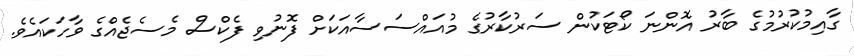
ގާއިމުކުރުމުގެ ބާރު އޮންނަ ކޯޓަކުން ސަރުކާރުގެ މުއައްސަސާއަކަށް ފޮނުވި ފެކްސް މެސެޖެއްގެ ވާހަކައެވެ.